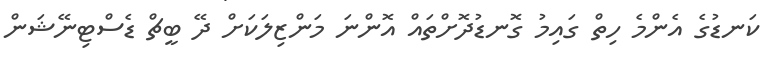
ކަނޑުގެ އެންމެ ހިތް ގައިމު ގޮނޑުދޮށްތައް އޮންނަ މަންޒިލަކަށް ދޭ ބީޗް ޑެސްޓިނޭޝަން